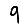
Digit: 9